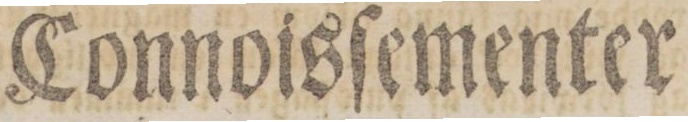
Connoisſementer